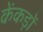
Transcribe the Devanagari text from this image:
केंकड़ों